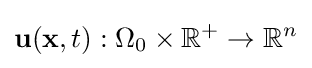
{\bf {u}}({\bf {x}},t):\Omega _{0}\times \mathbb {R} ^{+}\rightarrow \mathbb {R} ^{n}